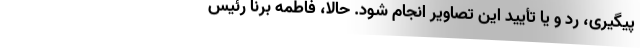
پیگیری، رد و یا تأیید این تصاویر انجام شود. حالا، فاطمه برنا رئیس